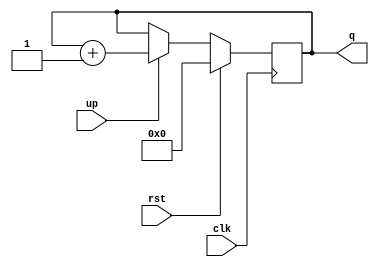
/**
 * @Author: German Cano Quiveu <germancq>
 * @Date:   2019-03-01T13:27:48+01:00
 * @Email:  germancq@dte.us.es
 * @Filename: contador_up.v
 * @Last modified by:   germancq
 * @Last modified time: 2019-03-01T13:27:54+01:00
 */
 module contador_up(
 	input clk,
 	input rst,
    input up,
 	output reg [31:0] q
     );

  always @(posedge clk)
 	begin
 	if (rst == 1)
 		q<=0;
 	else
 		if(up == 1)
 			q<=q+1;
 	end


 endmodule